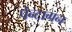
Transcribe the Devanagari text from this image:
पेन्टागन